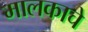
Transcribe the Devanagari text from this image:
मालकाचे